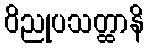
ဝိညုပသတ္ထာနိ